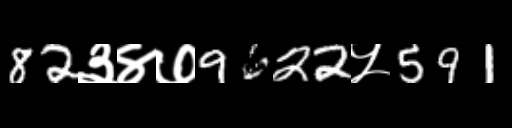
Text: 82३४७9622५591